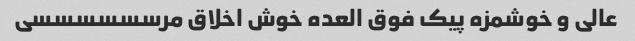
عالی و خوشمزه پیک فوق العده خوش اخلاق مرسسسسسسی